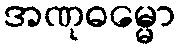
အဏုဓမ္မော